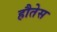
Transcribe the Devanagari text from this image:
हौतेस